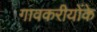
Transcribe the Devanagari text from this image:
गावकरीयोंके